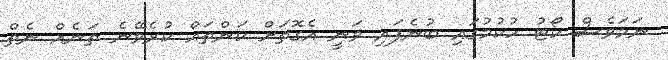
ނަމަވެސް ކޯޓު ހުކުމުގައި ބުނެފައި ވަނީ އެގޮތަށް ކަންތައް ކުރެވޭނެ ތަނެއް ނެތް